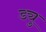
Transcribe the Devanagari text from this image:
ड्यु